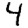
Digit: 4